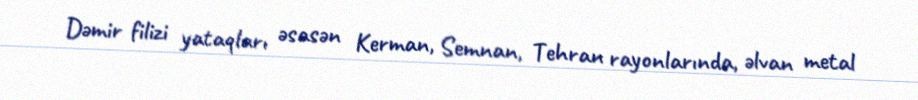
Dəmir filizi yataqları əsasən Kerman, Semnan, Tehran rayonlarında, əlvan metal